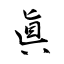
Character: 眞